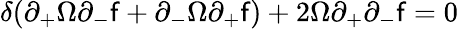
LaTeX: \delta(\partial_{+}\Omega\partial_{-}\mathsf{f}+\partial_{-}\Omega\partial_{+}\mathsf{f})+2\Omega\partial_{+}\partial_{-}\mathsf{f}=0